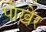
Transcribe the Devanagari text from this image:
पोखेर